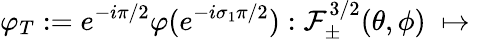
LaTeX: \varphi_{T}:=e^{-i\pi/2}\varphi(e^{-i\sigma_{1}\pi/2}):\mathcal{F}_{\pm}^{3/2}(\theta,\phi)\; \mapsto\;